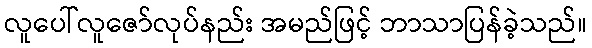
လူပေါ်လူဇော်လုပ်နည်း အမည်ဖြင့် ဘာသာပြန်ခဲ့သည်။